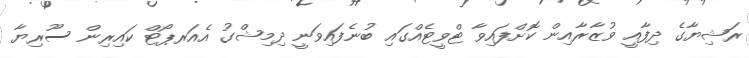
ރަޝިޔާގެ ދިފާއީ ވުޒާރާއިން ކޮށްފައިވާ ޓްވީޓެއްގައި ބުނެފައިވަނީ ދިމިޝްގު އެއަރޕޯޓް ކައިރިން ސޫރިޔާ